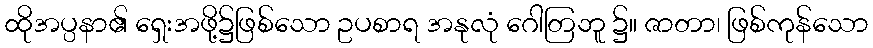
ထိုအပ္ပနာ၏ ရှေးအဖို့၌ဖြစ်သော ဥပစာရ အနုလုံ ဂေါတြဘူ ၌။ ဇာတာ၊ ဖြစ်ကုန်သော